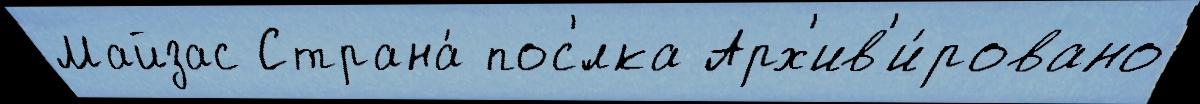
Майзас Страна́ пос'́лка Арх'ив'и́ровано